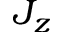
J _ { z }